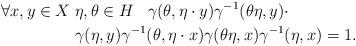
LaTeX: \begin{align*} \forall x, y\in X \; & \eta, \theta\in H \;\;\;\gamma(\theta, \eta\cdot y)\gamma^{-1}(\theta\eta, y)\cdot \\& \gamma(\eta, y)\gamma^{-1}(\theta, \eta\cdot x)\gamma(\theta\eta, x)\gamma^{-1}(\eta, x) = 1.\end{align*}